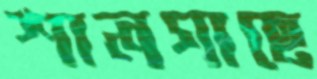
শালগাছে